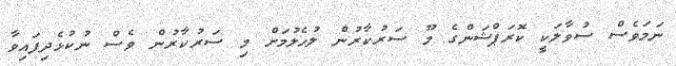
ނަމަވެސް ސުވާލަކީ ކޮރަޕްޝަންގެ މޫ ސަރުކާރުން ލުހެލުމަށް މި ސަރުކާރުން ވެސް ނުކުޅެދިފައިވާ